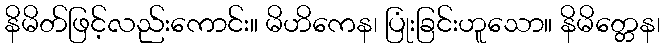
နိမိတ်ဖြင့်လည်းကောင်း။ မိဟိကေန၊ ပြုံးခြင်းဟူသော။ နိမိတ္တေန၊